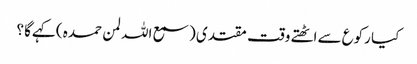
کیا رکوع سے اٹھتے وقت مقتدی ( سمع اللہ لمن حمدہ ) کہےگا ؟